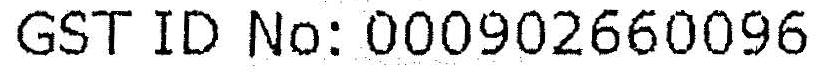
GST ID NO: 000902660096